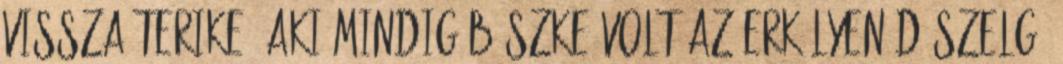
vissza Terike, aki mindig büszke volt az erkélyen díszelgő